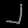
Digit: ၂